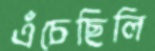
এঁচেছিলি